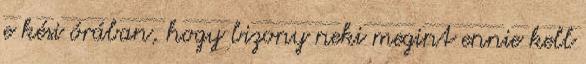
e kési órában, hogy bizony neki megint ennie kell